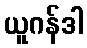
ယူဂန်ဒါ